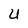
Character: u